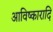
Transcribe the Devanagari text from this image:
आविष्कारादि